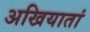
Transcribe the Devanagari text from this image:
अखियातां